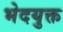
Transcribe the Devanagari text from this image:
भेदयुक्त